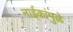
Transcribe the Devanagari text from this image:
नाईकांमुळे